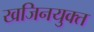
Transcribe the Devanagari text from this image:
खजिनयुक्त